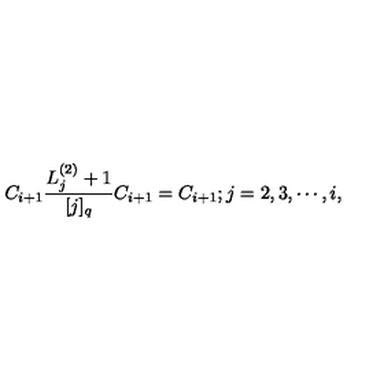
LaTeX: C _ { i + 1 } \frac { L _ { j } ^ { ( 2 ) } + 1 } { [ j ] _ { q } } C _ { i + 1 } = C _ { i + 1 } ; j = 2 , 3 , \cdots , i ,